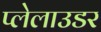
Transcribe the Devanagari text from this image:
प्लेलाउडर